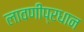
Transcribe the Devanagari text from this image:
लावणीप्रधान